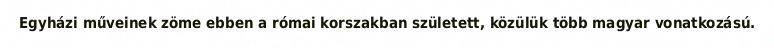
Egyházi műveinek zöme ebben a római korszakban született, közülük több magyar vonatkozású.